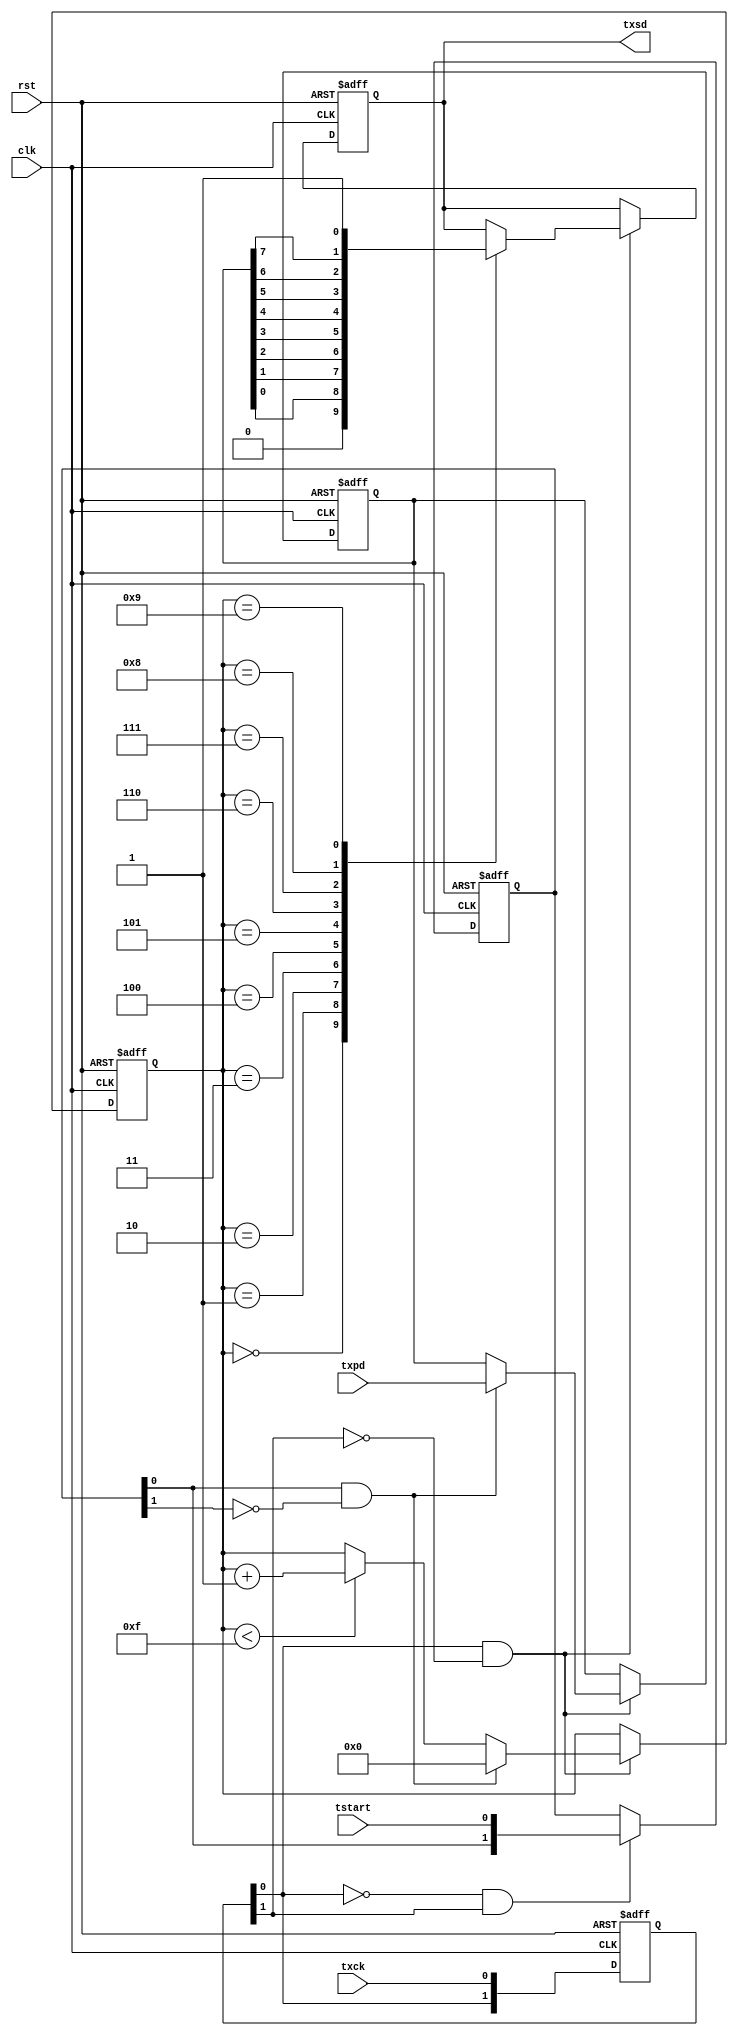
module tx232(
    input clk,
    input rst,
    input [7:0] txpd,
    input tstart,
    input txck,
    output reg txsd
);

 //delaying txck
 reg [1:0] txck_d;
 wire txck_r, txck_f;
 
 always@(posedge clk or negedge rst) begin
    if(!rst) begin
        txck_d <= 0;
    end
    else begin
        txck_d <= {txck_d[0], txck};
    end
 end
 assign txck_r = txck_d[0] & ~txck_d[1];
 assign txck_f = ~txck_d[0] & txck_d[1];

 //delaying tstart
 reg [1:0] tstart_d;
 wire tstart_r;
 
 always@(posedge clk or negedge rst) begin
    if(!rst) begin
        tstart_d <= 0;
    end
    else begin
        if(txck_f == 1) begin
            tstart_d <= {tstart_d[0], tstart};
        end
        else begin
            tstart_d <= tstart_d;
        end
    end
 end
 assign tstart_r = tstart_d[0] & ~tstart_d[1];
 
 //tpd
 reg [7:0] tpd;
 
 always@(posedge clk or negedge rst) begin
    if(!rst) begin
        tpd <= 8'hff;
    end
    else begin
        if(txck_r == 1) begin
            if(tstart_r == 1) begin
                tpd <= txpd;
            end
            else begin
                tpd <= tpd;
            end
        end
        else begin
            tpd <= tpd;
        end
    end
 end
 
 //data count
 reg [3:0] dcnt;
 
 always@(posedge clk or negedge rst) begin
    if(!rst) begin
        dcnt <= 4'hf;
    end
    else begin
        if(txck_r == 1) begin
            if(tstart_r == 1) begin
                dcnt <= 0;
            end
            else begin
                if(dcnt < 15) begin
                    dcnt <= dcnt + 1;
                end
                else begin
                    dcnt <= dcnt;
                end
            end
        end
        else begin
            dcnt <= dcnt;
        end
    end
 end
 
 //txsd
 
 always@(posedge clk or negedge rst) begin
    if(!rst) begin
        txsd <= 1;
    end
    else begin
        if(txck_r == 1) begin
            case(dcnt)
                0 : txsd <= 0;
                1 : txsd <= tpd[0];
                2 : txsd <= tpd[1];
                3 : txsd <= tpd[2];
                4 : txsd <= tpd[3];
                5 : txsd <= tpd[4];
                6 : txsd <= tpd[5];
                7 : txsd <= tpd[6];
                8 : txsd <= tpd[7];
                9 : txsd <= 1;
                default : txsd <=txsd;
            endcase
        end
        else begin
            txsd <= txsd;
        end
    end
 end
endmodule